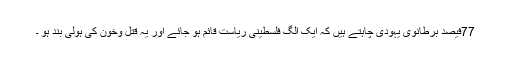
77فیصد برطانوی یہودی چاہتے ہیں کہ ایک الگ فلسطینی ریاست قائم ہو جائے اور یہ قتل وخون کی ہولی بند ہو ۔